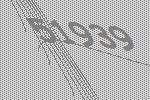
51939